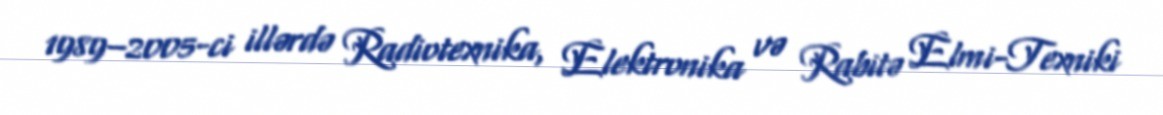
1989–2005-ci illərdə Radiotexnika, Elektronika və Rabitə Elmi-Texniki